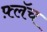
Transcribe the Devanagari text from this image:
फ़्लॅच